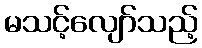
မသင့်လျော်သည့်